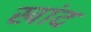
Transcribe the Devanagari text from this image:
खांद